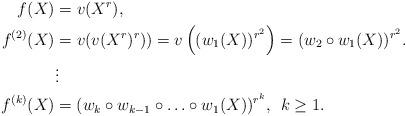
LaTeX: \begin{align*}f(X) & = v(X^r),\\f^{(2)}(X) & = v(v(X^r)^r))=v\left((w_1(X))^{r^2}\right) = (w_2 \circ w_1(X))^{r^2}. \\& \vdots \\f^{(k)}(X) & = (w_k \circ w_{k-1} \circ \ldots \circ w_1(X))^{r^k},\: \: k \geq 1.\end{align*}